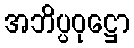
အဘိပ္ပဝုဋ္ဌော